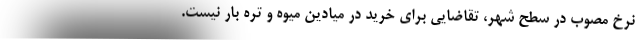
نرخ مصوب در سطح شهر، تقاضایی برای خرید در میادین میوه و تره بار نیست.